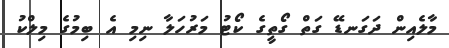
މާލެއިން ދަގަނޑޭ ގަތް ގޯތީގެ ކޯޓު މަރުހަލާ ނިމި އެ ބިމުގެ މިލްކު